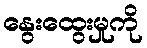
နွေးထွေးမှုကို